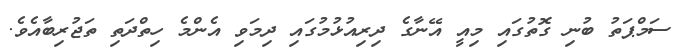
ސަމްޕަތު ބުނި ގޮތުގައި މިއީ އޭނާގެ ދިރިއުޅުމުގައި ދިމަވި އެންމެ ހިތްދަތި ތަޖުރިބާއެވެ.